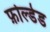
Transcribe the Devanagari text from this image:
फ़ोल्डेड